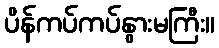
ပိန်ကပ်ကပ်နွားမကြီး။